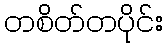
တစိတ်တပိုင်း